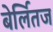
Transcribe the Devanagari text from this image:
बेर्लितज